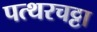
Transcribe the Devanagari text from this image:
पत्थरचट्टा